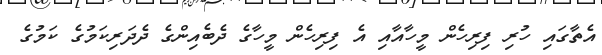
އެތާގައި ހުރި ފިރިހެން މީހާއާއި އެ ފިރިހެން މީހާގެ ދެބެއިންގެ ދެދަރިކަމުގެ ކަމުގެ